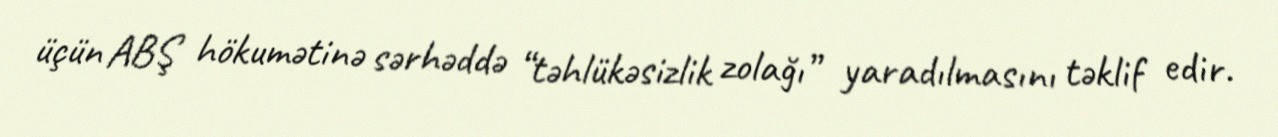
üçün ABŞ hökumətinə sərhəddə “təhlükəsizlik zolağı” yaradılmasını təklif edir.